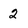
Character: 2